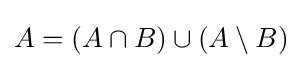
A=(A\cap B)\cup (A\setminus B)